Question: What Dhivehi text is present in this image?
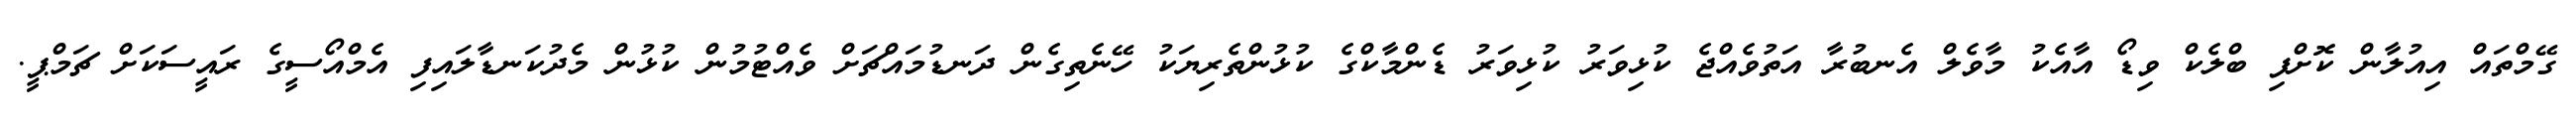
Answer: ގޭމްތައް އިއުލާން ކޮށްފި ބްލެކް ވިޑޯ އާއެކު މާވެލް އެނބުރާ އަތުވެއްޖެ ކުޅިވަރު ކުޅިވަރު ޑެންމާކްގެ ކުޅުންތެރިޔަކު ހޭނެތިގެން ދަނޑުމައްޗަށް ވެއްޓުމުން ކުޅުން މެދުކަނޑާލައިފި އެމްއޯސީގެ ރައީސަކަށް ޗަމްޕީ.